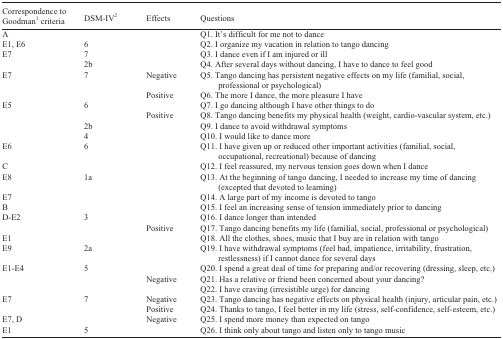
| Correspondenc to Goodman1 criteria | DSM-IV2 | Effects | Questions |
 | --- | --- | --- | --- |
 | A |  |  | Q1. It's difficult for me not to dance |
 | E1, E6 | 6 |  | Q2. I organize my vacation in relation to tango dancing |
 | E7 | 7 |  | Q3. I dance even if I am injured or ill |
 |  | 2b |  | Q4. After several days without dancing, I have to dance to feel good |
 | E7 | 7 | Negative | Q5. Tango dancing has persistent negative effects on my life (familial, social, professional or psychological) |
 |  |  | Positive | Q6. The more I dance, the more pleasure I have |
 | E5 | 6 |  | Q7. I go dancing although I have other things to do |
 |  |  | Positive | Q8. Tango dancing benefits my physical health (weight, cardio-vascular system, etc.) |
 |  | 2b |  | Q9. I dance to avoid withdrawal symptoms |
 |  | 4 |  | Q10. I would like to dance more |
 | E6 | 6 |  | Q11. I have given up or reduced other important activities (familial, social, occupational, recreational) because of dancing |
 | C |  |  | Q12. I feel reassured, my nervous tension goes down when I dance |
 | E8 | 1a |  | Q13. At the beginning of tango dancing, I needed to increase my time of dancing (excepted that devoted to learning) |
 | E7 |  |  | Q14. A large part of my income is devoted to tango |
 | B |  |  | Q15. I feel an increasing sense of tension immediately prior to dancing |
 | D-E2 | 3 |  | Q16. I dance longer than intended |
 |  |  | Positive | Q17. Tango dancing benefits my life (familial, social, professional or psychological) |
 | E1 |  |  | Q18. All the clothes, shoes, music that I buy are in relation with tango |
 | E9 | 2a |  | Q19. I have withdrawal symptoms (feel bad, impatience, irritability, frustration, restlessness) if I cannot dance for several days |
 | E1-E4 | 5 |  | Q20. I spend a great deal of time for preparing and/or recovering (dressing, sleep, etc.) |
 |  |  | Negative | Q21. Has a relative or friend been concerned about your dancing? |
 |  |  |  | Q22. I have craving (irresistible urge) for dancing |
 | E7 | 7 | Negative | Q23. Tango dancing has negative effects on physical health (injury, articular pain, etc.) |
 |  |  | Positive | Q24. Thanks to tango, I feel better in my life (stress, self-confidence, self-esteem, etc.) |
 | E7, D |  | Negative | Q25. I spend more money than expected on tango |
 | E1 | 5 |  | Q26. I think only about tango and listen only to tango music |